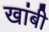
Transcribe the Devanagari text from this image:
खांबी